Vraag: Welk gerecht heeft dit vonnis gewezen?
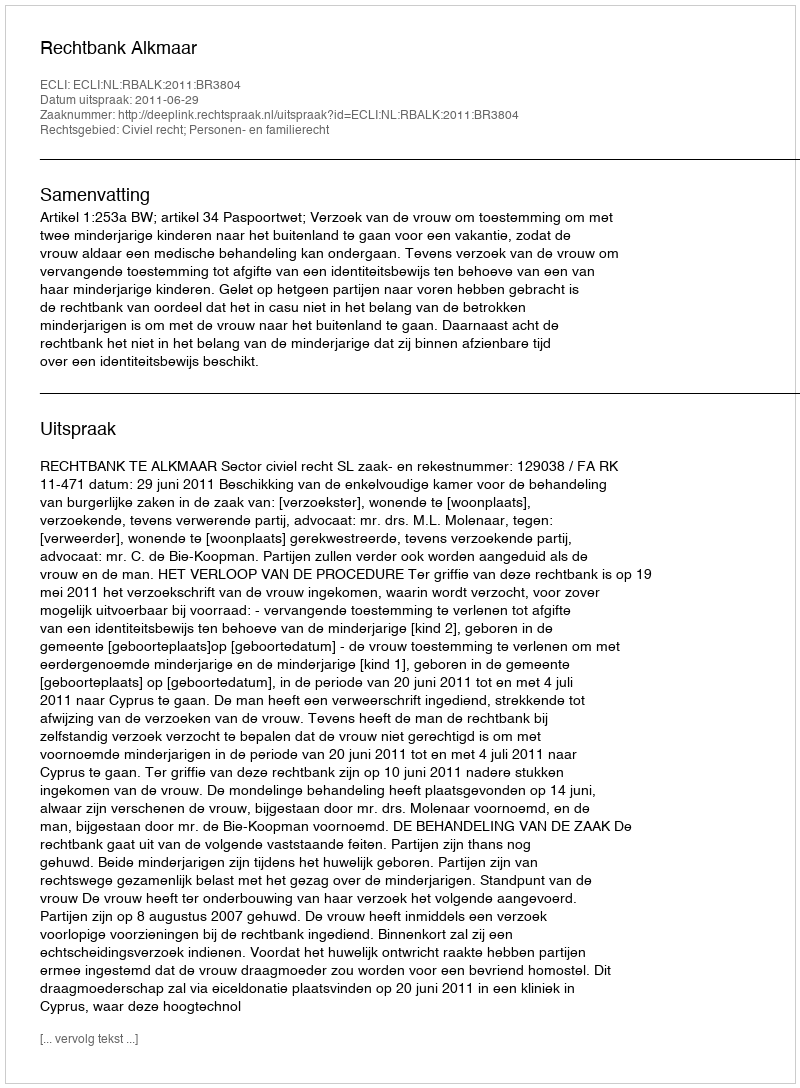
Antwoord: Rechtbank Alkmaar